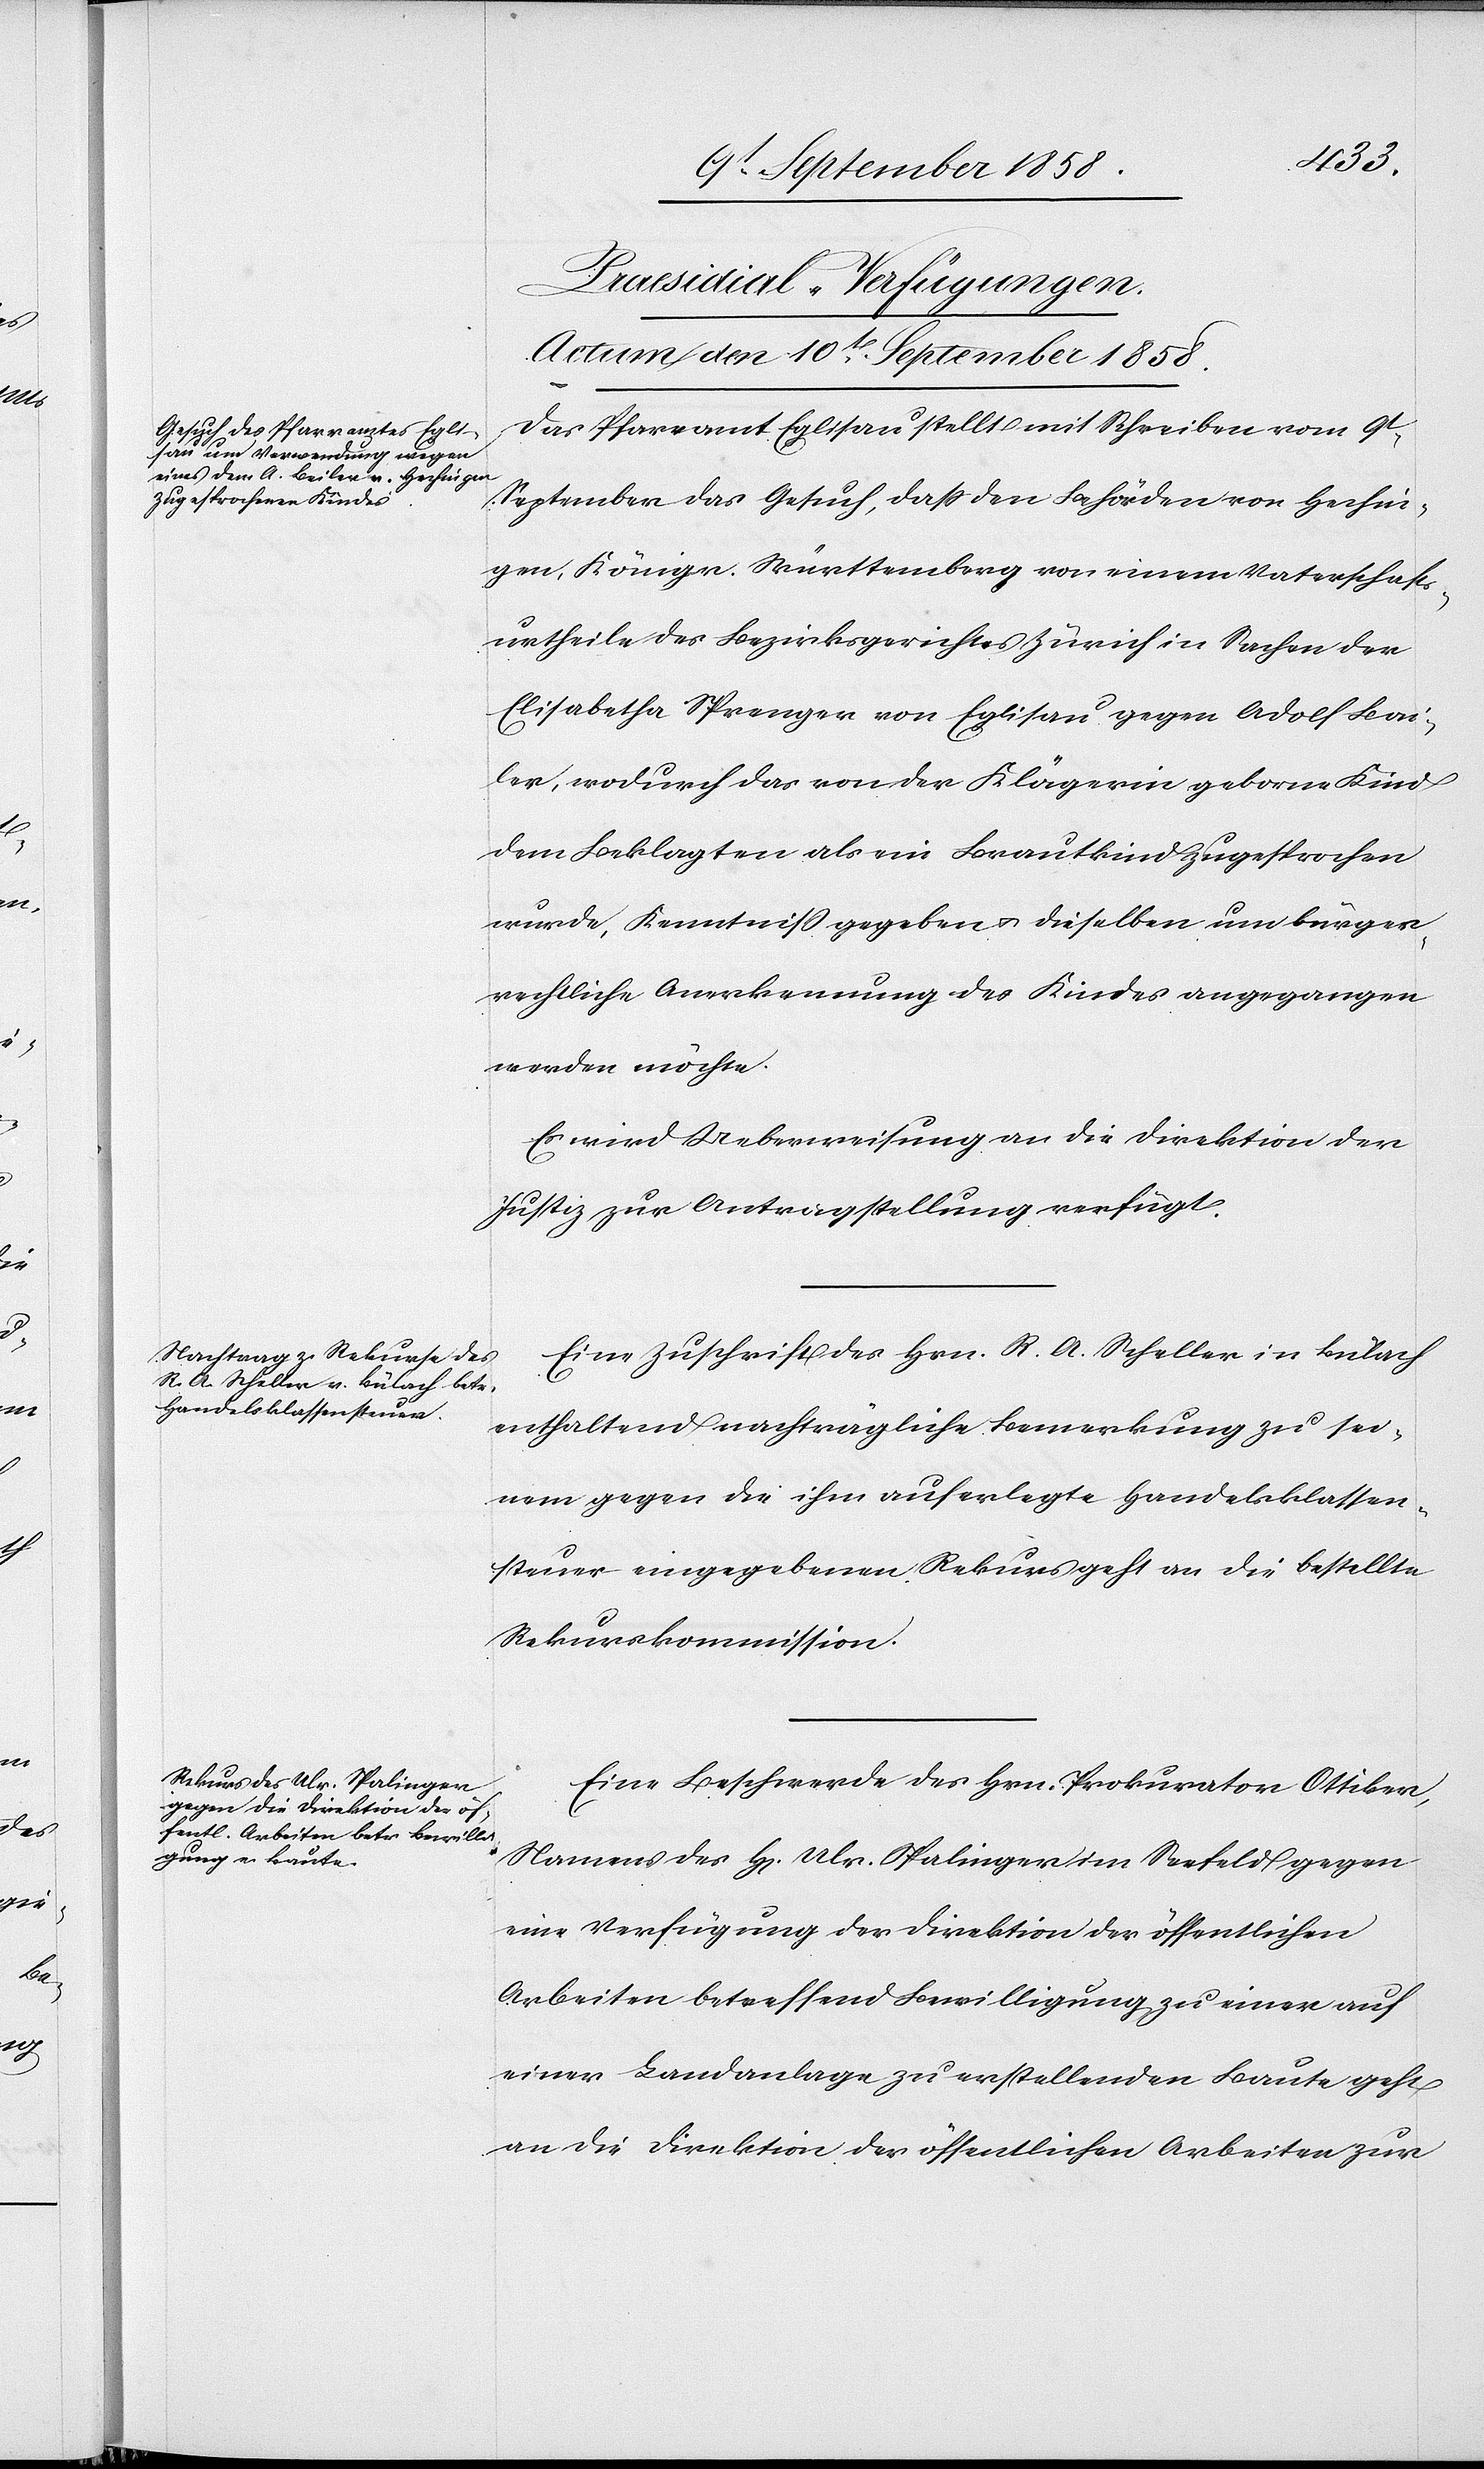
[Praesidial-Verfügungen.
Actum den 10t September 1858.]
Das Pfarramt Eglisau stellt mit Schreiben vom 9t
September das Gesuch, daß den Behörden von Hechin¬
gen, Königr. Württemberg von einem Vaterschafts¬
urtheile des Bezirksgerichtes Zürich in Sachen der
Elisabetha Sprenger von Eglisau gegen Adolf Bai¬
ler, wodurch das von der Klägerin geborne Kind
dem Beklagten als ein Brautkind zugesprochen
wurde, Kenntniss gegeben & dieselben um bürger¬
rechtliche Anerkennung des Kindes angegangen
werden möchte.
Es wird Ueberweisung an die Direktion der
Justiz zur Antragstellung verfügt.
Eine Zuschrift des Hrn. R. A. Scheller in Bülach
enthaltend nachträgliche Bemerkung zu sei¬
nem gegen die ihm auferlegte Handelsklassen¬
steuer eingegebenen Rekurs geht an die bestellte
Rekurskommission.
Eine Beschwerde des Hrn. Prokurator Ottiker,
Namens des H[errn] Ulr. Spalinger im Seefeld gegen
eine Verfügung der Direktion der öffentlichen
Arbeiten betreffend Bewilligung zu einer auf
einer Landanlage zu erstellenden Baute geht
an die Direktion der öffentlichen Arbeiten zur